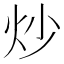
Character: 炒